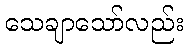
သေချာသော်လည်း